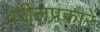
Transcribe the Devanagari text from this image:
वरीलप्रकारे